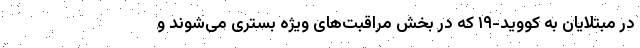
در مبتلایان به کووید-۱۹ که در بخش مراقبت‌های ویژه بستری می‌شوند و